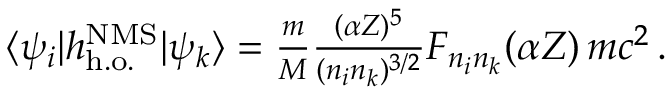
\begin{array} { r } { \langle \psi _ { i } | h _ { \mathrm { h . o . } } ^ { \mathrm { N M S } } | \psi _ { k } \rangle = \frac { m } { M } \frac { ( \alpha Z ) ^ { 5 } } { ( n _ { i } n _ { k } ) ^ { 3 / 2 } } F _ { n _ { i } n _ { k } } ( \alpha Z ) \, m c ^ { 2 } \, . } \end{array}